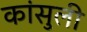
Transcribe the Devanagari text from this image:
कांसुली